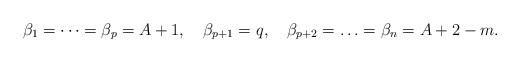
LaTeX: \begin{align*} \beta_1 = \cdots = \beta_p = A+1, \ \ \ \beta_{p+1} = q, \ \ \ \beta_{p+2}= \ldots =\beta_{n} = A+2-m.\end{align*}